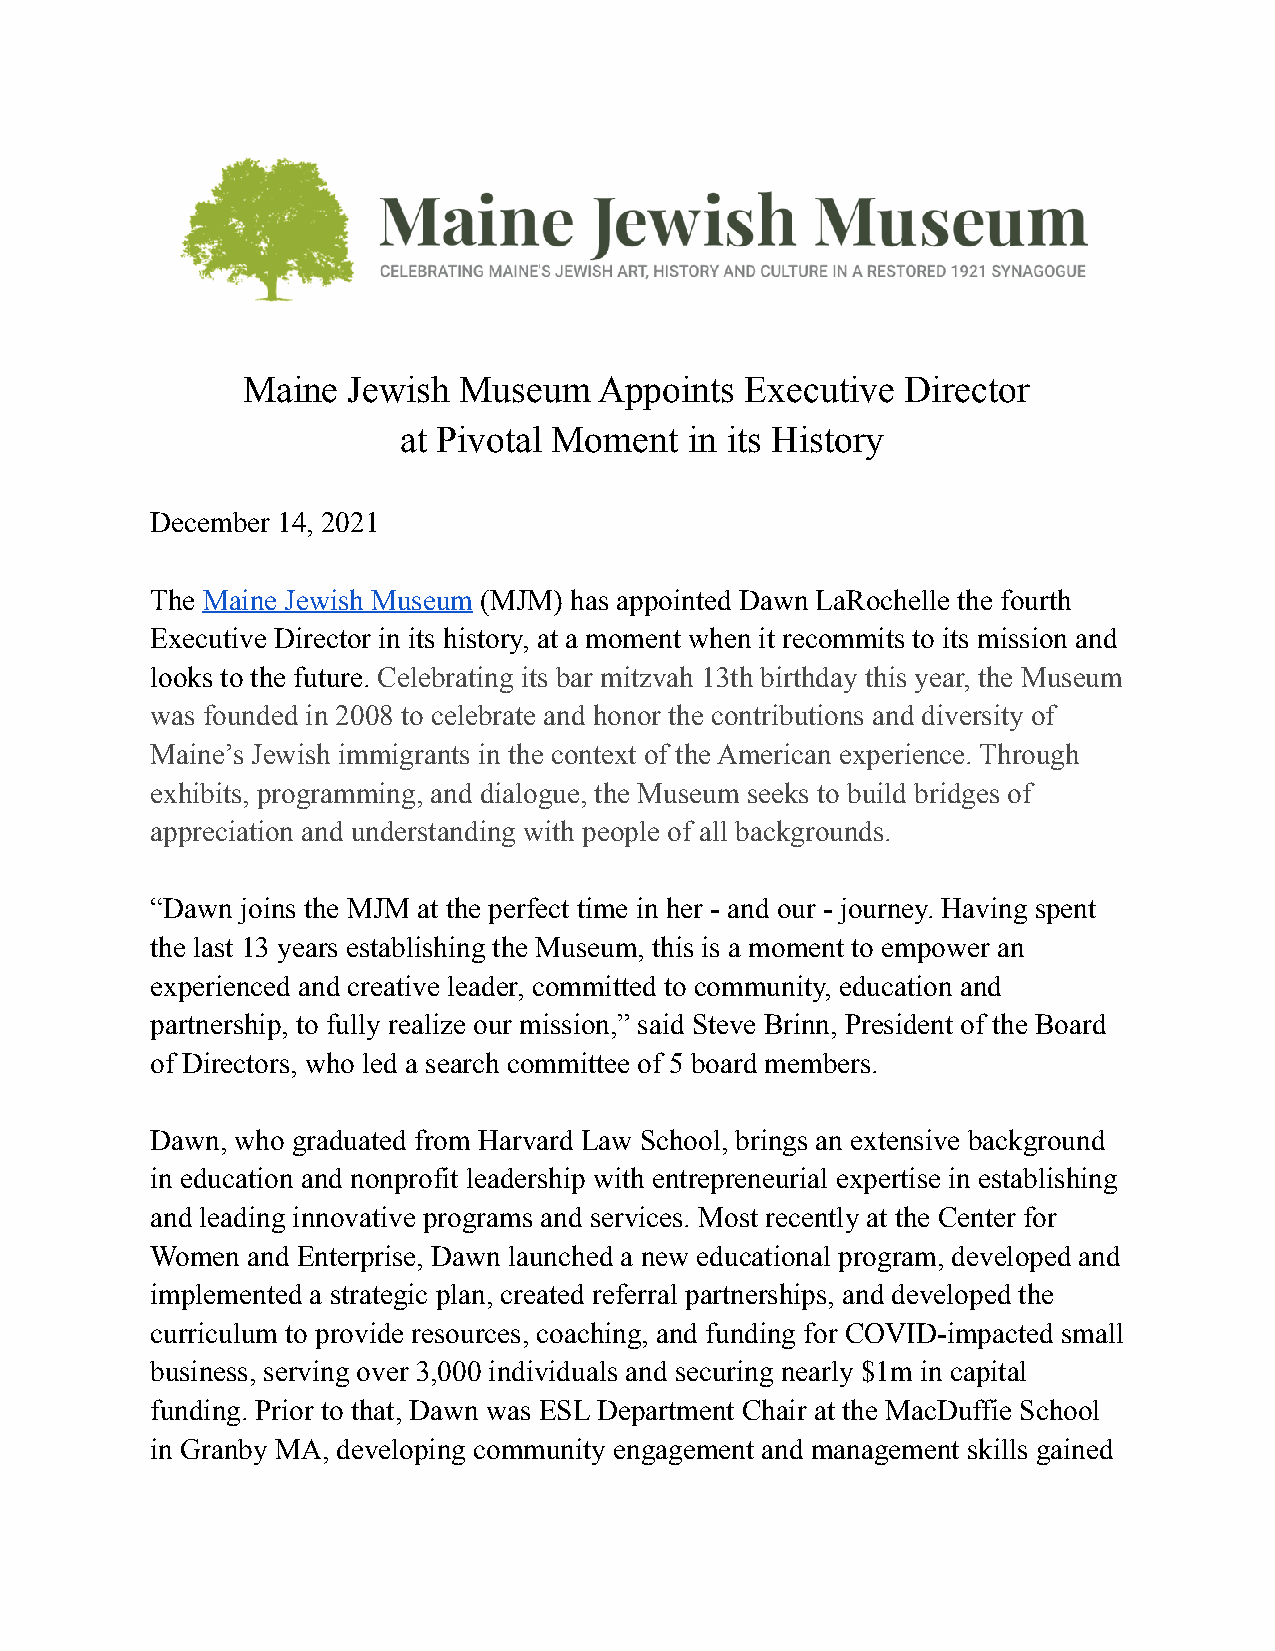
Maine  Jewish Museum    Appoints Executive  Director
 at Pivotal Moment   in its History
 December 14, 2021
 The Maine Jewish Museum (MJM) has appointed Dawn LaRochelle the fourth
 Executive Director in its history, at a moment when it recommits to its mission and
 looks to the future. Celebrating its bar mitzvah 13th birthday this year, the Museum
 was founded in 2008 to celebrate and honor the contributions and diversity of
 Maine’s Jewish immigrants in the context of the American experience. Through
 exhibits, programming, and dialogue, the Museum seeks to build bridges of
 appreciation and understanding with people of all backgrounds.
 “Dawn joins the MJM at the perfect time in her - and our - journey. Having spent
 the last 13 years establishing the Museum, this is a moment to empower an
 experienced and creative leader, committed to community, education and
 partnership, to fully realize our mission,” said Steve Brinn, President of the Board
 of Directors, who led a search committee of 5 board members.
 Dawn, who graduated from Harvard Law School, brings an extensive background
 in education and nonprofit leadership with entrepreneurial expertise in establishing
 and leading innovative programs and services. Most recently at the Center for
 Women and Enterprise, Dawn launched a new educational program, developed and
 implemented a strategic plan, created referral partnerships, and developed the
 curriculum to provide resources, coaching, and funding for COVID-impacted small
 business, serving over 3,000 individuals and securing nearly $1m in capital
 funding. Prior to that, Dawn was ESL Department Chair at the MacDuffie School
 in Granby MA, developing community engagement and management skills gained